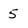
Character: 5